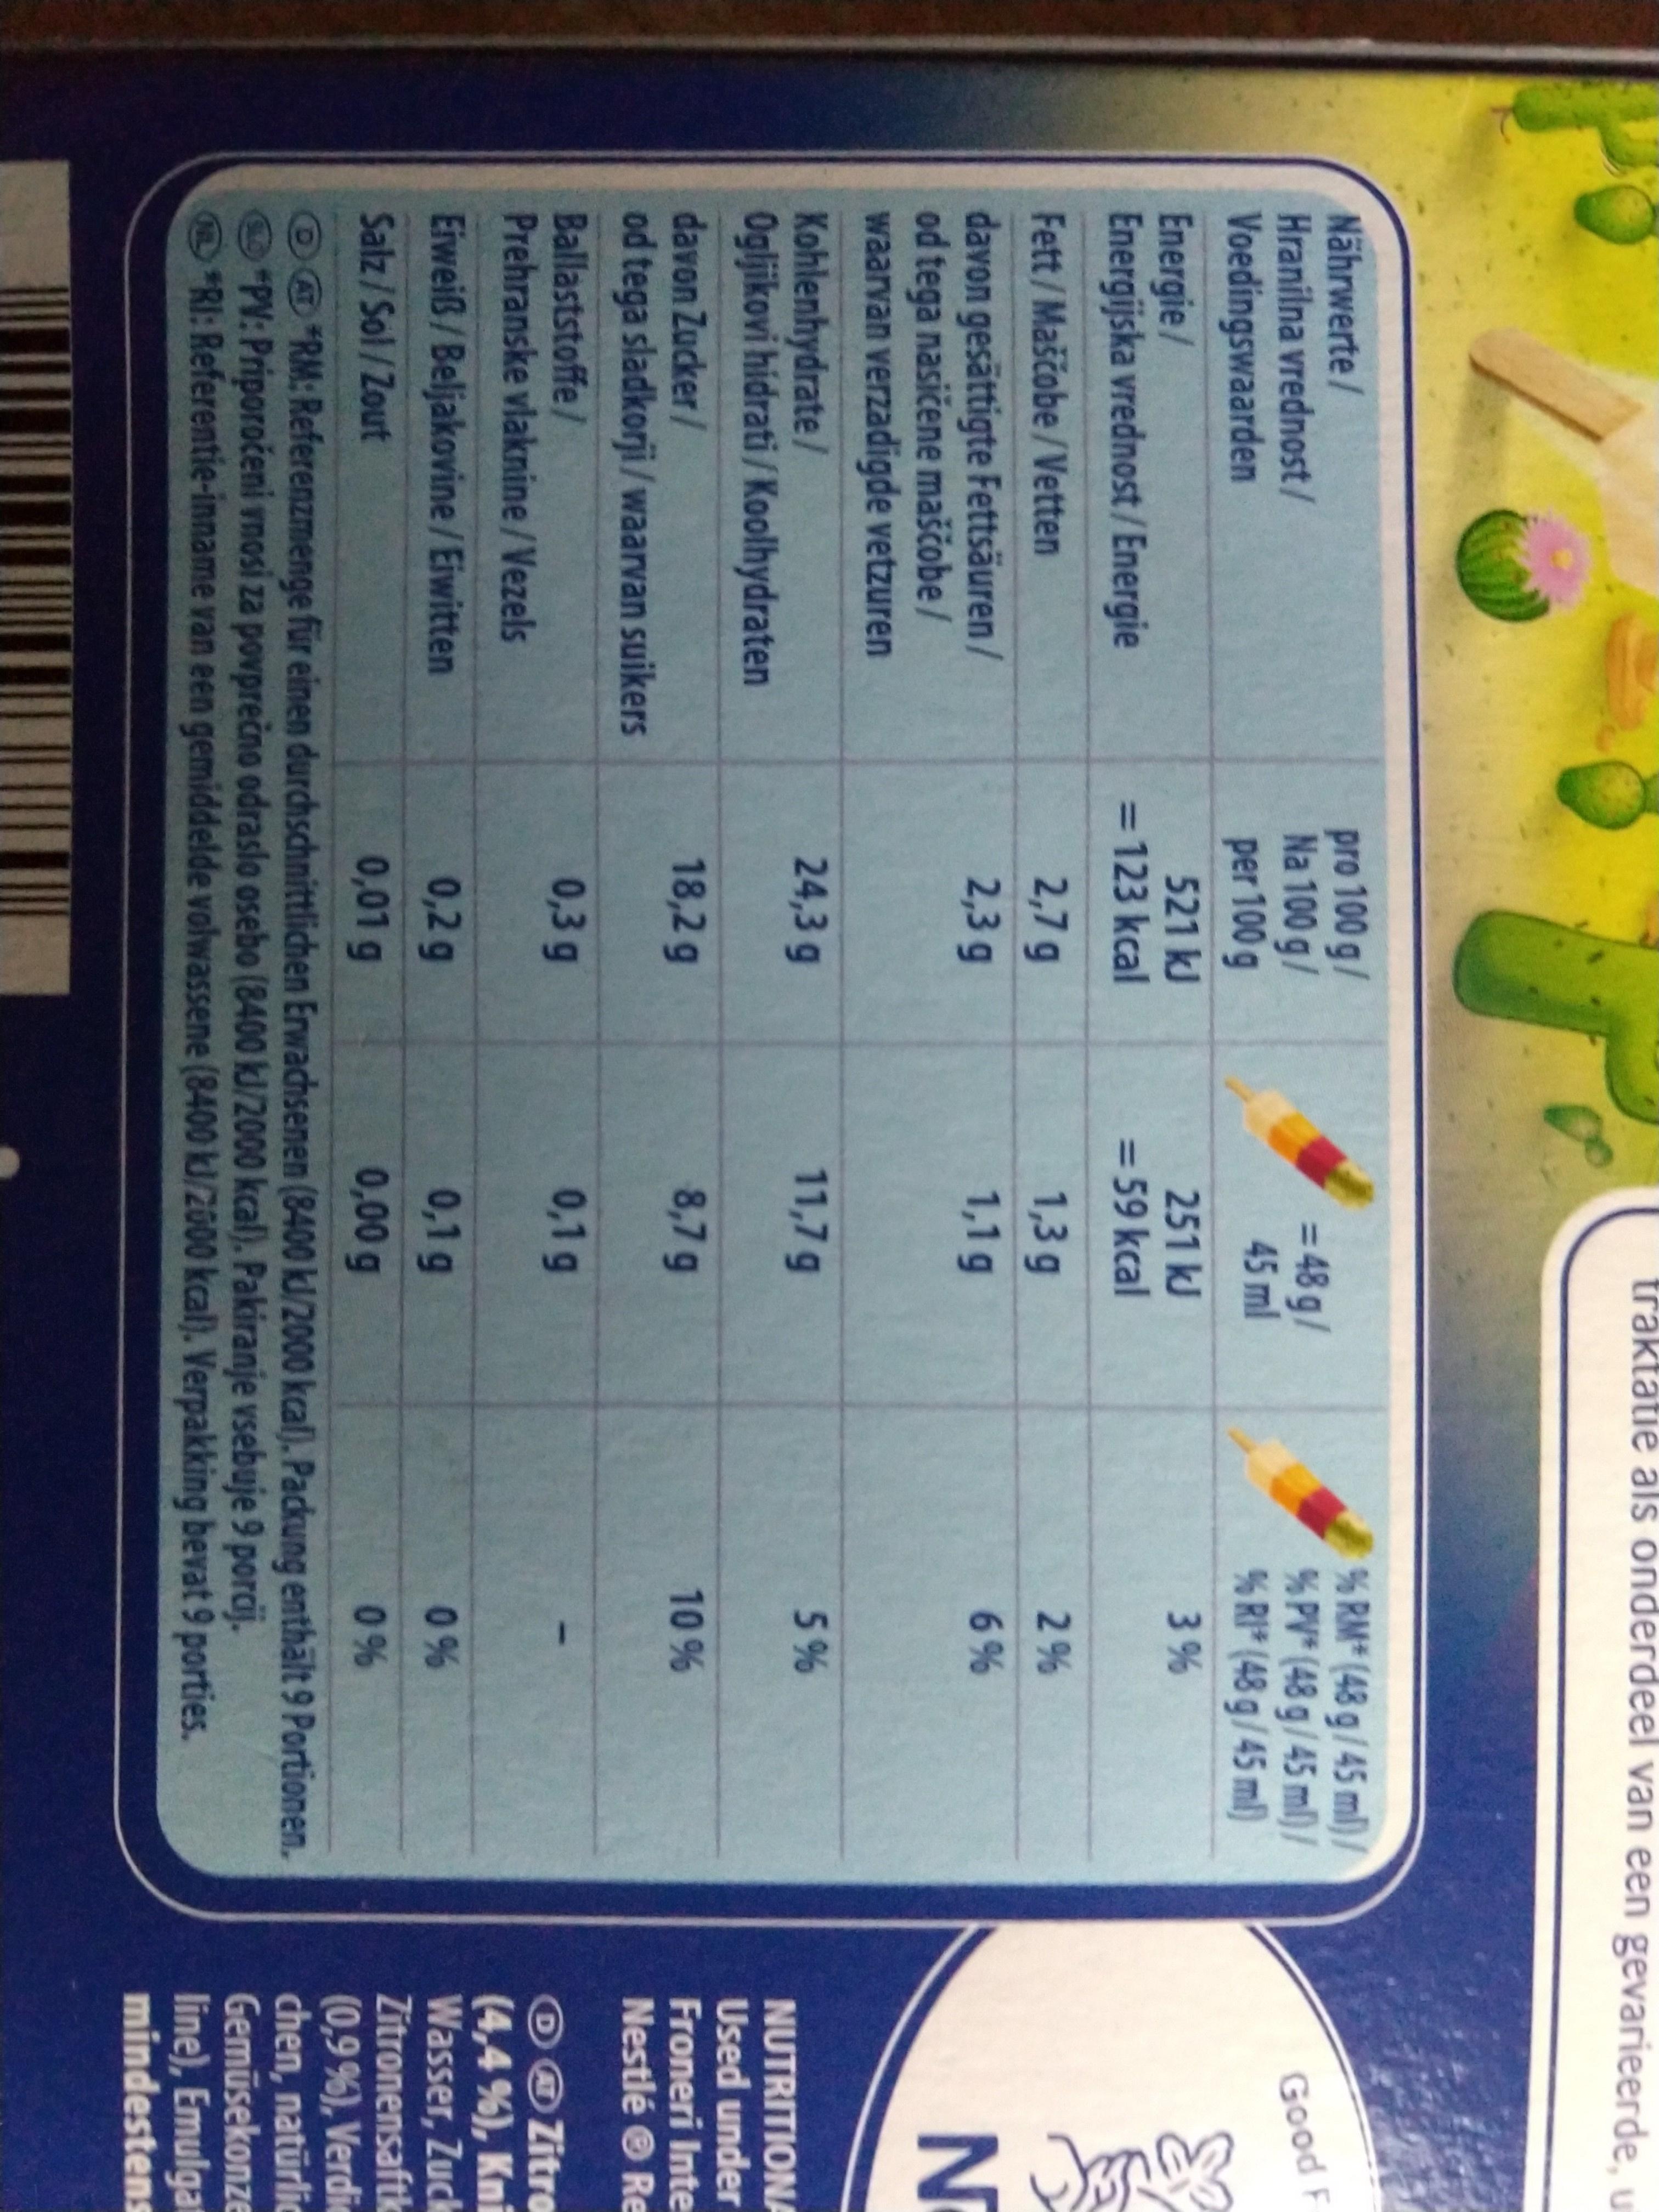
N traktatie als onderdeel van een gevarieerde, u Nährwerte/ Hranilna vrednost/ Voedingswaarden Energie/ Energijska vrednost/Energie pro 100 g Na 100 g/ per 100g 521 kJ = 123 kcal % RM* (48g/45 ml)/ % PV* (48 g/ 45 ml)/ % RI* (48 g / 45 ml) = 48g/ 45 ml Good F 3% 251 kJ = 59 kcal Fett/Maščobe/Vetten 2,7 g 1,3 g 2% 1,1 g 6% davon gesättigte Fettsäuren/ od tega nasičene maščobe/ waarvan verzadigde vetzuren 2,3 g 24,3 g 11,7 g 5% Kohlenhydrate/ Ogljikovi hidrati/Koolhydraten NUTRITIONA Used under Froneri Inte Nestle Re 18,2 g 8,7 9 10 % davon Zucker/ od tega sladkorji/waarvan suikers 0,3 g 0,1 g Ballaststoffe/ Prehranske vlaknine/Vezels DOLitro (4,4 %), Kni Wasser, Zuck Zitronensaftk (0,9 % ), Verdi chen, natürlic Gemüsekonze line), Emulgat mindestens Eiweiß/Beljakovine/Eiwitten 0,2 g 0,1g 0% Salz/Sol/Zout 0,01 g 0,00 g 0% RM: Referenzmenge für einen durchschnittlichen Erwachsenen (8400 kl/2000 kcal). Packung enthält 9 Portionen. PV: Priporočeni vnosi za povprečno odraslo osebo (8400 k/2000 kcal). Pakiranje vsebuje 9 porcj. *RI: Referentie-inname van een gemiddelde volwassene (8400 kJ/2600 kcal). Verpakking bevat 9 porties.